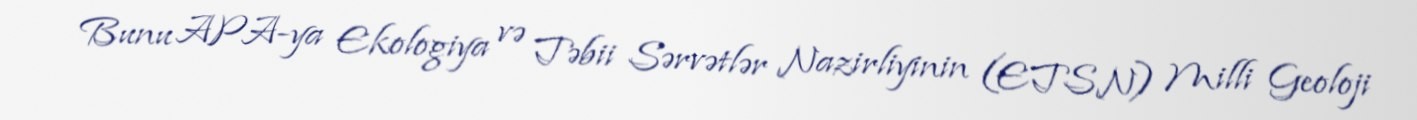
Bunu APA-ya Ekologiya və Təbii Sərvətlər Nazirliyinin (ETSN) Milli Geoloji